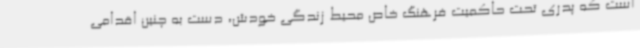
است که پدری تحت حاکمیت فرهنگ خاص محیط زندگی خودش، دست به چنین اقدامی